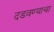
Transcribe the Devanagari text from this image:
दडवण्याचा